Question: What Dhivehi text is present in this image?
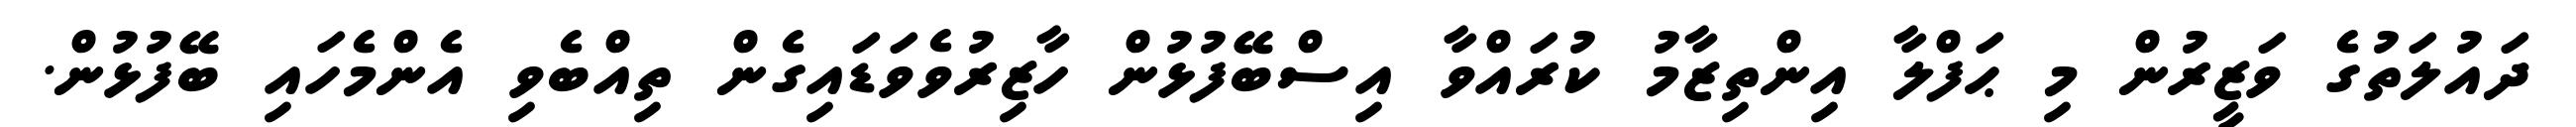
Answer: ދައުލަތުގެ ވަޒީރުން މި ޙަފްލާ އިންތިޒާމު ކުރައްވާ އިސްބޭފުޅުން ހާޒިރުވެވަޑައިގެން ތިއްބެވި އެންމެހައި ބޭފުޅުން.